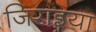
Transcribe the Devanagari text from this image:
जिराइया